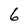
Character: 6